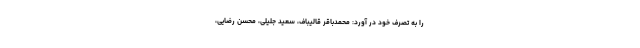
را به تصرف خود در آورد: محمدباقر قالیباف، سعید جلیلی، محسن رضایی،